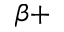
\beta +